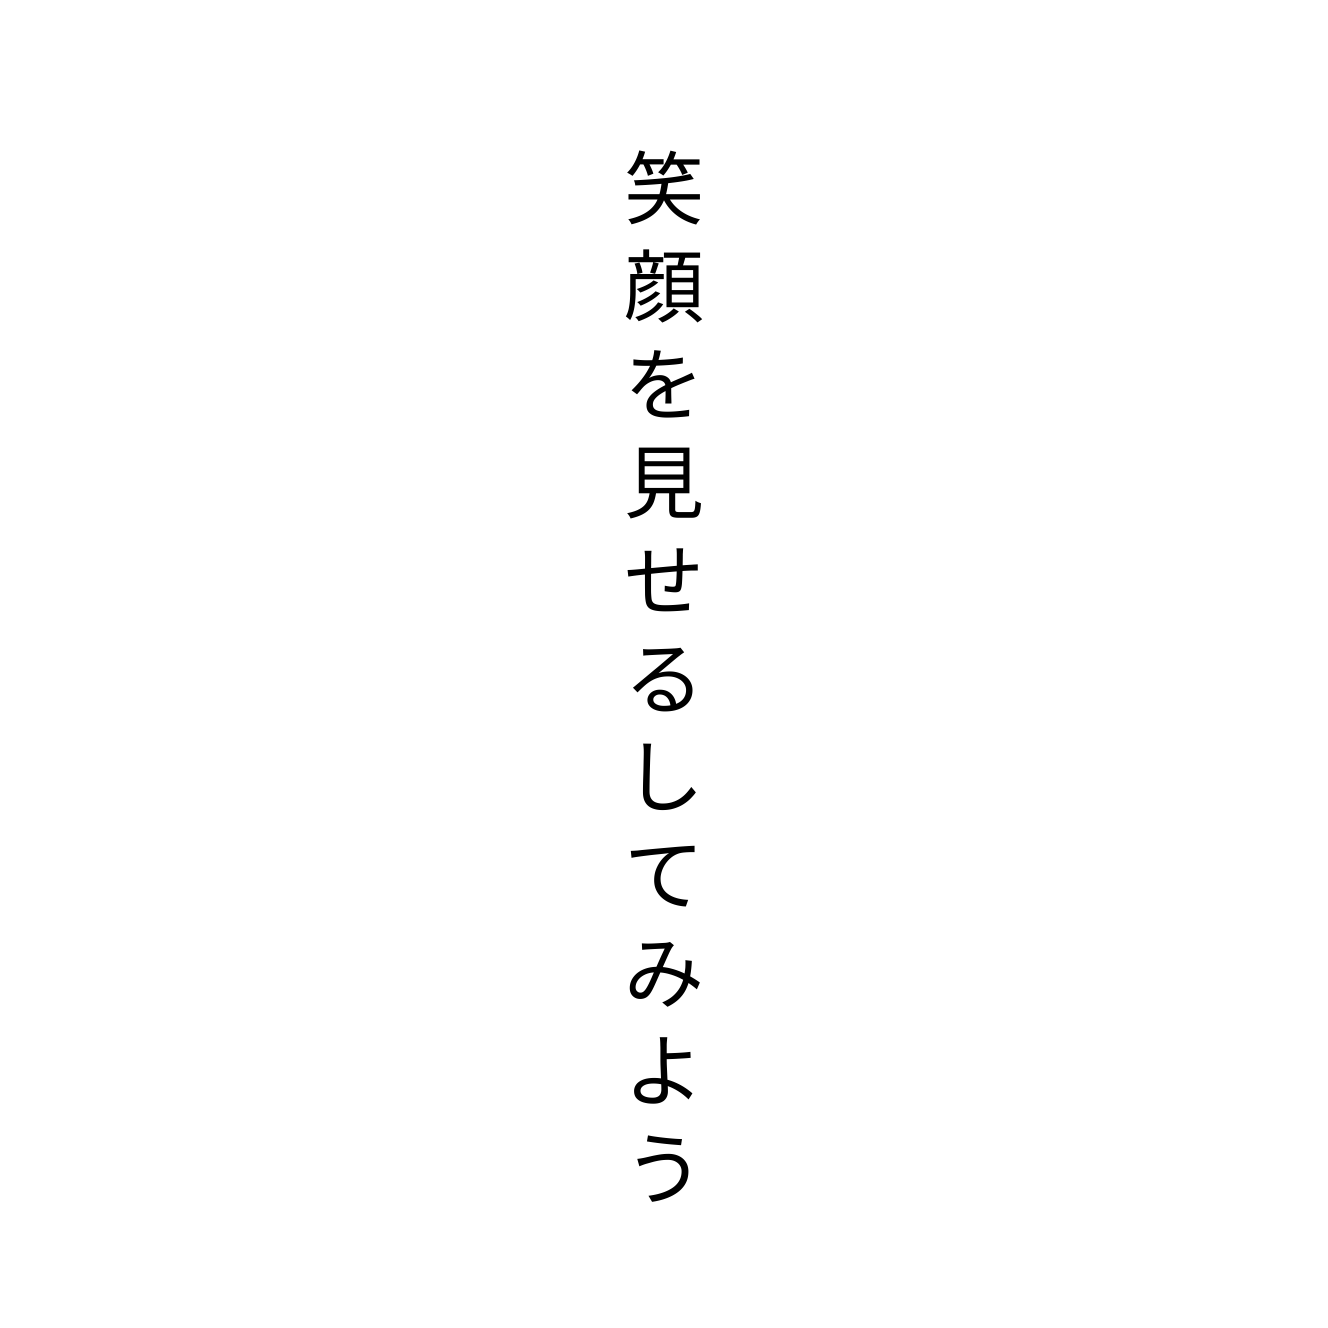
笑顔を見せるしてみよう